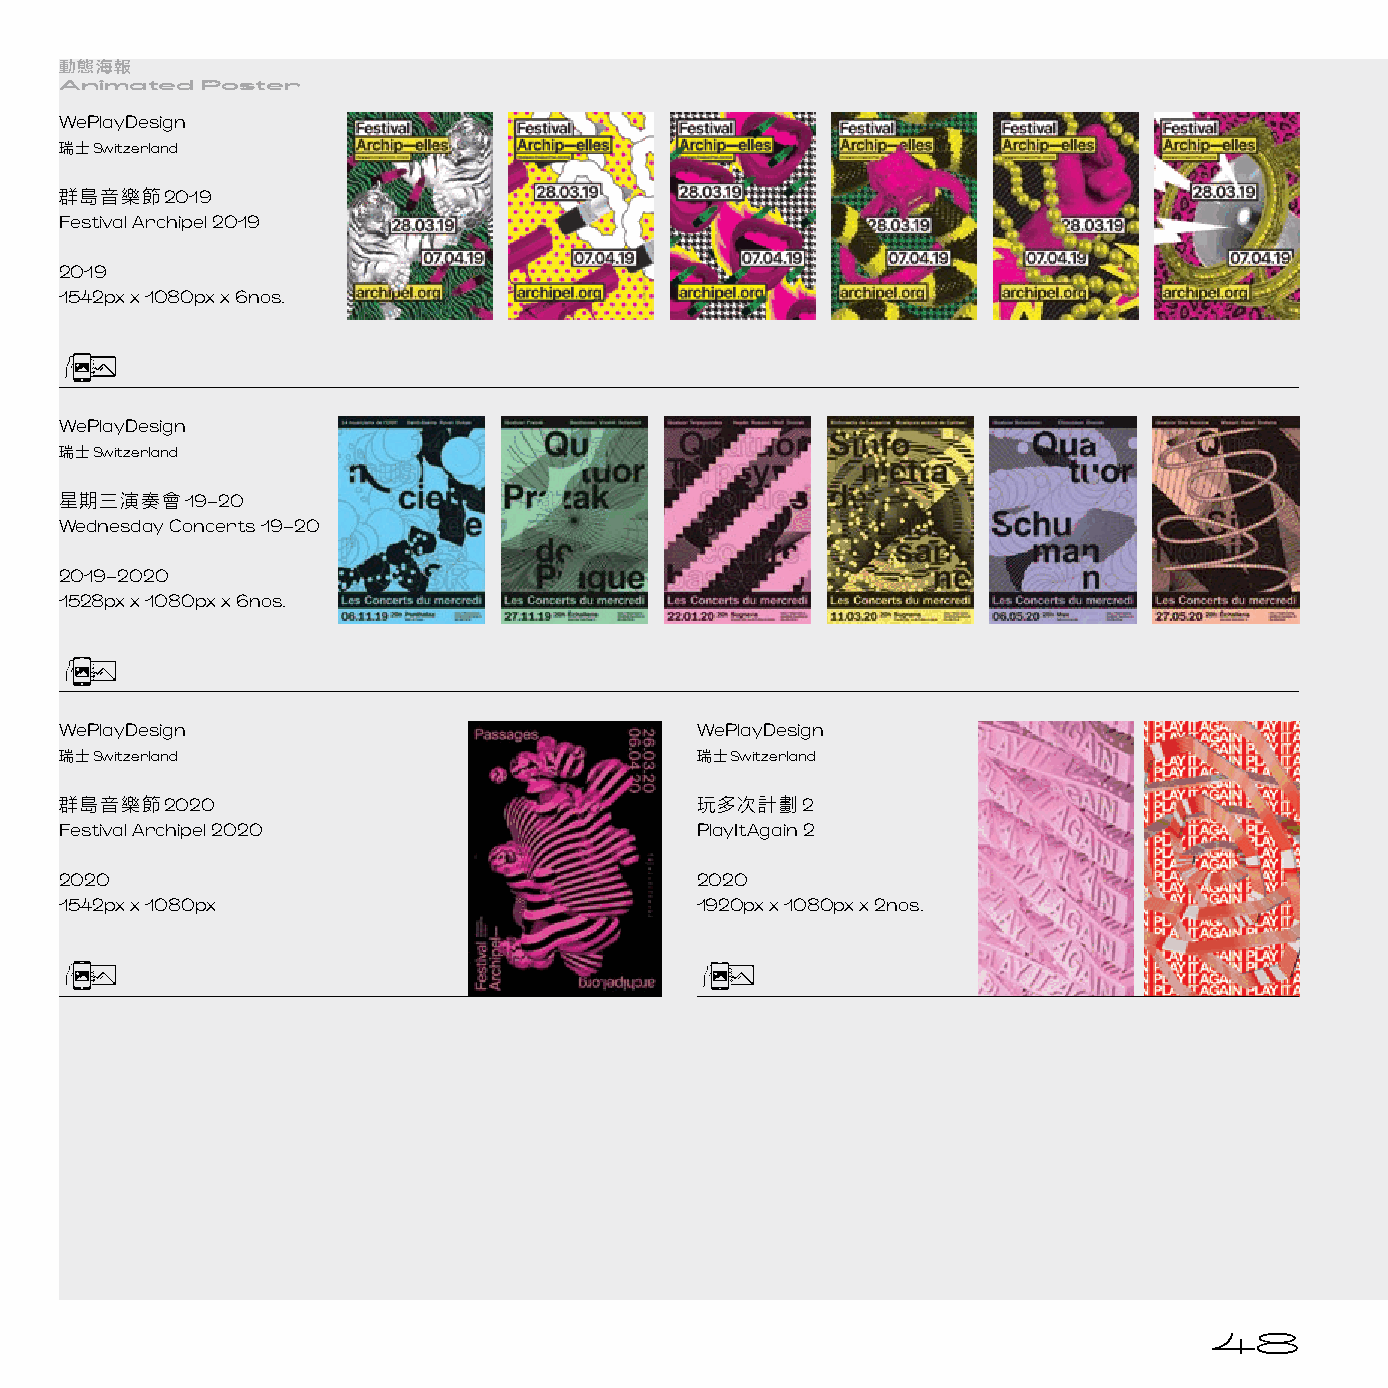
動態海報
 Animated Poster
 WePlayDesign
 瑞士Switzerland
 群島音樂節2019
 Festival Archipel 2019
 2019
 1542px x 1080px x 6nos.
 WePlayDesign
 瑞士Switzerland
 星期三演奏會19–20
 Wednesday Concerts 19–20
 2019–2020
 1528px x 1080px x 6nos.
 WePlayDesign                              WePlayDesign
 瑞士Switzerland                             瑞士Switzerland
 群島音樂節2020                                 玩多次計劃2
 Festival Archipel 2020                    PlayItAgain 2
 2020                                      2020
 1542px x 1080px                           1920px x 1080px x 2nos.
 48